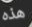
هذه